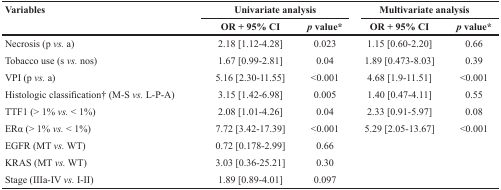
| <ROWSPAN=2> Variables | <COLSPAN=2> Univariate analysis | <COLSPAN=2> Multivariate analysis |
 | OR + 95% CI | p value* | OR + 95% CI | p value* |
 | --- | --- | --- | --- | --- |
 | Necrosis (p vs. a) | 2.18 [1.12-4.28] | 0.023 | 1.15 [0.60-2.20] | 0.66 |
 | Tobacco use (s vs. nos) | 1.67 [0.99-2.81] | 0.04 | 1.89 [0.473-8.03] | 0.39 |
 | VPI (p vs. a) | 5.16 [2.30-11.55] | <0.001 | 4.68 [1.9-11.51] | <0.001 |
 | Histologic classification† (M-S vs. L-P-A) | 3.15 [1.42-6.98] | 0.005 | 1.40 [0.47-4.11] | 0.55 |
 | TTF1 (> 1% vs. < 1%) | 2.08 [1.01-4.26] | 0.04 | 2.33 [0.91-5.97] | 0.08 |
 | ERα (> 1% vs. < 1%) | 7.72 [3.42-17.39] | <0.001 | 5.29 [2.05-13.67] | <0.001 |
 | EGFR (MT vs. WT) | 0.72 [0.178-2.99] | 0.66 |  |  |
 | KRAS (MT vs. WT) | 3.03 [0.36-25.21] | 0.30 |  |  |
 | Stage (IIIa-IV vs. I-II) | 1.89 [0.89-4.01] | 0.097 |  |  |